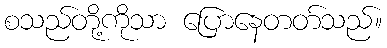
စသည်တို့ကိုသာ ပြောနေတတ်သည်။